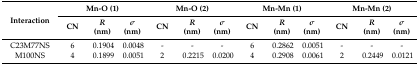
| <ROWSPAN=2> Interaction | <COLSPAN=3> Mn-O (1) | <COLSPAN=3> Mn-O (2) | <COLSPAN=3> Mn-Mn (1) | <COLSPAN=3> Mn-Mn (2) |
 | CN | R (nm) | σ (nm) | CN | R (nm) | σ (nm) | CN | R (nm) | σ (nm) | CN | R (nm) | σ (nm) |
 | --- | --- | --- | --- | --- | --- | --- | --- | --- | --- | --- | --- | --- |
 | C23M77NS | 6 | 0.1904 | 0.0048 | - | - | - | 6 | 0.2862 | 0.0051 | - | - | - |
 | M100NS | 4 | 0.1899 | 0.0051 | 2 | 0.2215 | 0.0200 | 4 | 0.2908 | 0.0061 | 2 | 0.2449 | 0.0121 |